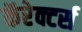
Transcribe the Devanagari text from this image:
कॅरेक्टर्स